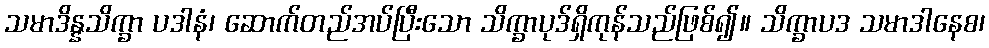
သမာဒိန္နသိက္ခာ ပဒါနံ၊ ဆောက်တည်အပ်ပြီးသော သိက္ခာပုဒ်ရှိကုန်သည်ဖြစ်၍။ သိက္ခာပဒ သမာဒါနေစ၊